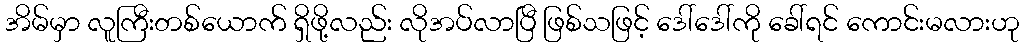
အိမ်မှာ လူကြီးတစ်ယောက် ရှိဖို့လည်း လိုအပ်လာပြီ ဖြစ်သဖြင့် ဒေါ်ဒေါ်ကို ခေါ်ရင် ကောင်းမလားဟု